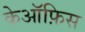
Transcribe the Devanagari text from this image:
केऑफ़िस